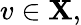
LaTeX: v\in\mathbf{X},